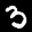
Label: 3